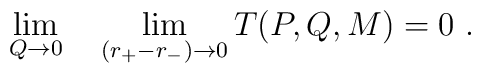
\lim _{Q\rightarrow 0} \quad \lim _{(r_+ - r_-) \rightarrow 0}T(P,Q,M) = 0 \ .